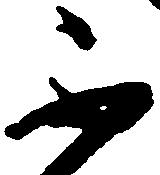
不